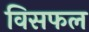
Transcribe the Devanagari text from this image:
विसफल